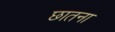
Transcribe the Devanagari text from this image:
छातना